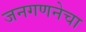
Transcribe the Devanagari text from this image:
जनगणनेचा